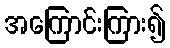
အကြောင်းကြား၍